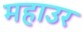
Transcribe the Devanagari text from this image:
महाउर